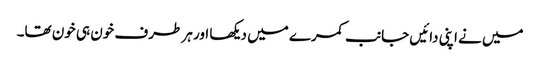
میں نے اپنی دائیں جانب کمرے میں دیکھا اور ہر طرف خون ہی خون تھا۔